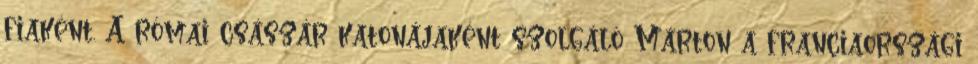
fiaként. A római császár katonájaként szolgáló Márton a franciaországi